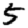
Digit: 5